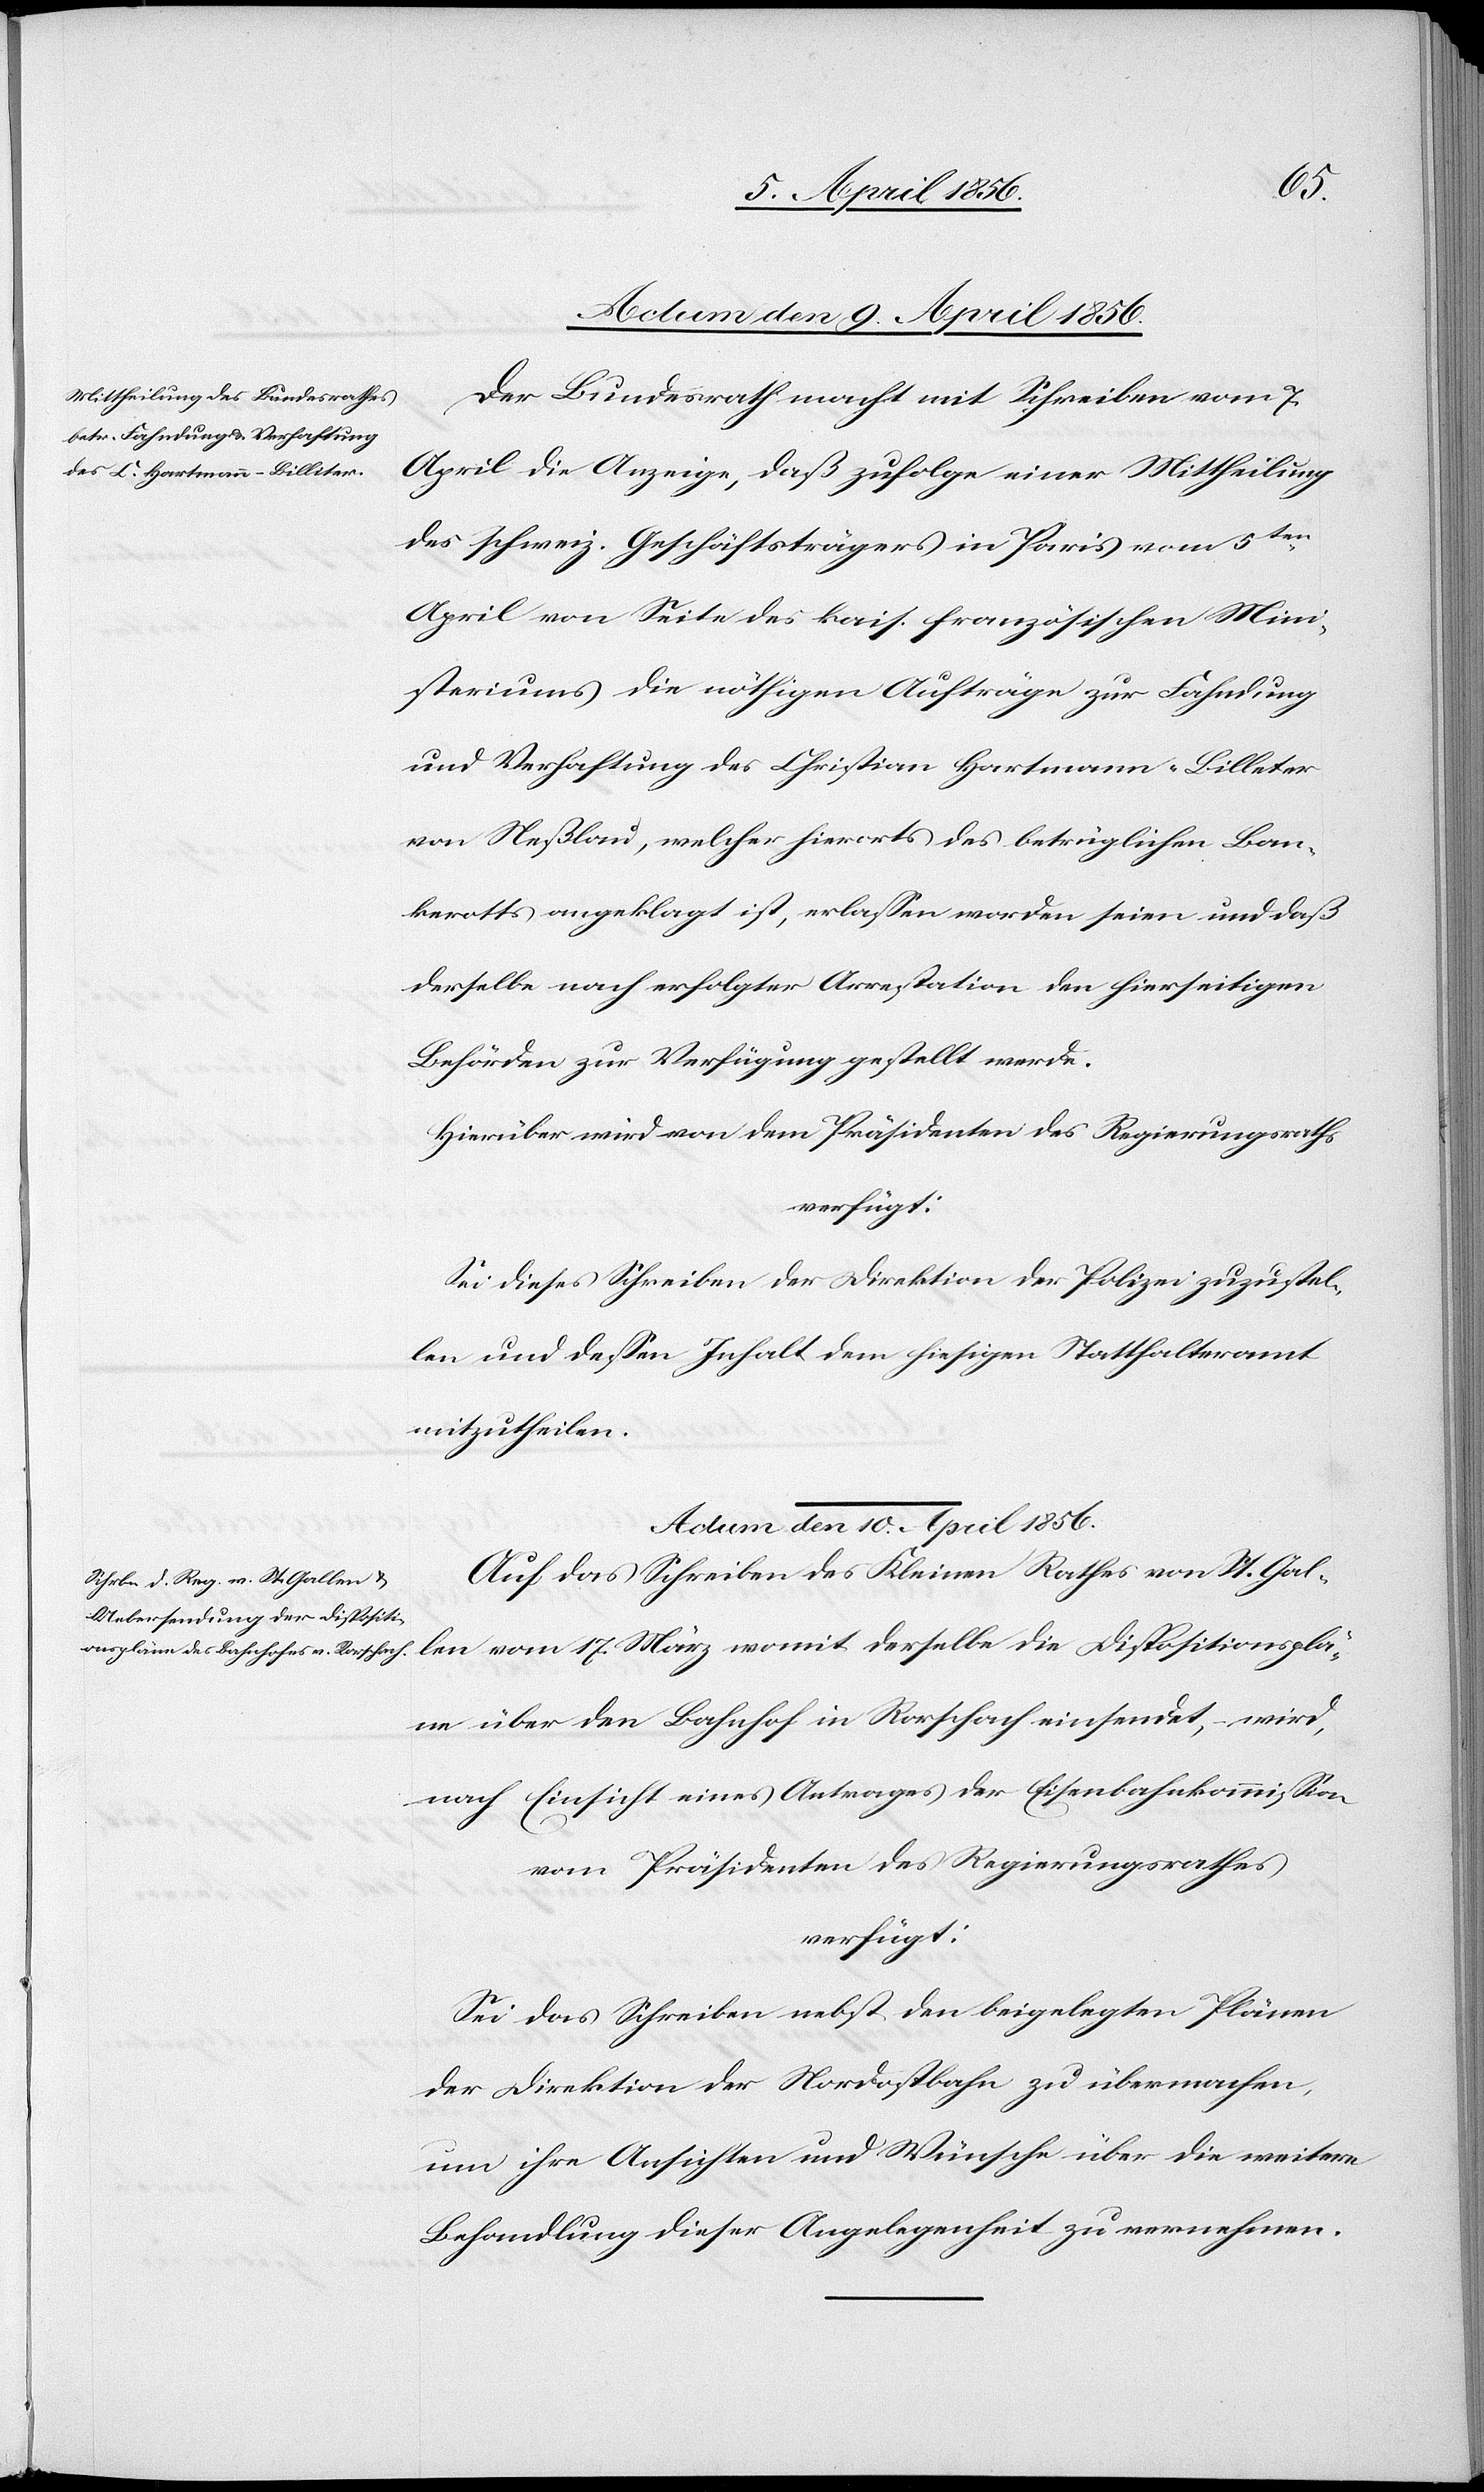
Actum den 9. April 1856.
Der Bundesrath macht mit Schreiben vom 7.
April die Anzeige, daß zufolge einer Mittheilung
des schweiz. Geschäftsträgers in Paris vom 5ten
April von Seite des kais. französischen Mini¬
steriums die nöthigen Aufträge zur Fahndung
und Verhaftung des Christian Hartmann-Billeter
von Neßlau, welcher hierorts des betrüglichen Ban¬
kerotts angeklagt ist, erlassen worden seien und daß
derselbe nach erfolgter Arrestation den hierseitigen
Behörden zur Verfügung gestellt werde.
Hierüber wird von dem Präsidenten des Regierungsraths
verfügt:
Sei dieses Schreiben der Direktion der Polizei zuzustel¬
len und dessen Inhalt dem hiesigen Statthalteramt
mitzutheilen.
Actum den 10. April 1856.
Auf das Schreiben des Kleinen Rathes von St. Gal¬
len vom 17. März womit derselbe die Dispositionsplä¬
ne über den Bahnhof in Rorschach einsendet, wird,
nach Einsicht eines Antrages der Eisenbahnkommission
vom Präsidenten des Regierungsrathes
verfügt:
Sei das Schreiben nebst den beigelegten Plänen
der Direktion der Nordostbahn zu übermachen,
um ihre Ansichten und Wünsche über die weitere
Behandlung dieser Angelegenheit zu vernehmen.